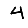
Digit: 4